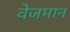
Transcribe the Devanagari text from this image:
वेजमान